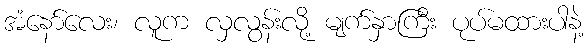
အံနော်လေး၊ လူက လှလွန်းလို့ မျက်နှာကြီး ပုပ်မထားပါနဲ့